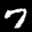
Label: 7